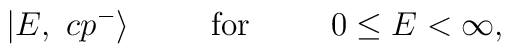
|E,\ cp^-\rangle\phantom{00000}\mbox{for}\phantom{00000}0\leq E<\infty,